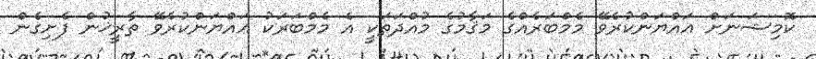
ކޮމިޝަނަށް ޢައްޔަންކުރެވޭ މެމްބަރެއްގެ މަޤާމުގެ މުއްދަތަކީ އެ މެމްބަރަކު ޢައްޔަންކުރެވޭ ތާރީޚުން ފެށިގެން